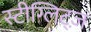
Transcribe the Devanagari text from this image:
स्टीग्लिट्ज़